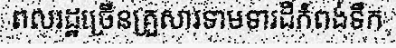
ពលរដ្ឋច្រើនគ្រួសារទាមទារដីកំពង់ទឹក